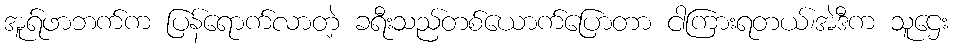
အူရ်ဖာဘက်က ပြန်ရောက်လာတဲ့ ခရီးသည်တစ်ယောက်ပြောတာ ငါကြားရတယ်၊အဲဒီက သူဌေး